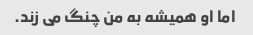
اما او همیشه به من چنگ می زند.